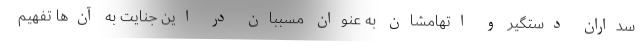
سداران دستگیر و اتهامشان به عنوان مسببان در این جنایت به آن‌ها تفهیم